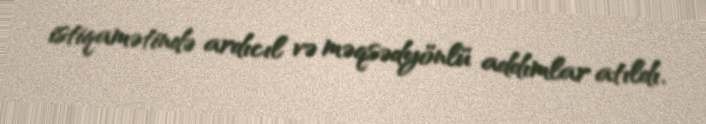
istiqamətində ardıcıl və məqsədyönlü addımlar atıldı.